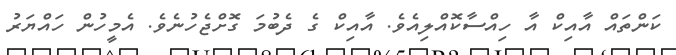
ކަންތައް އާއިކް އާ ހިއްސާކޮއްލިއެވެ. އާއިކް ގެ ދެބުމަ ގޮށްޖެހުނެވެ. އެމީހުން ހައްޔަރު